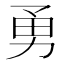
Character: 勇